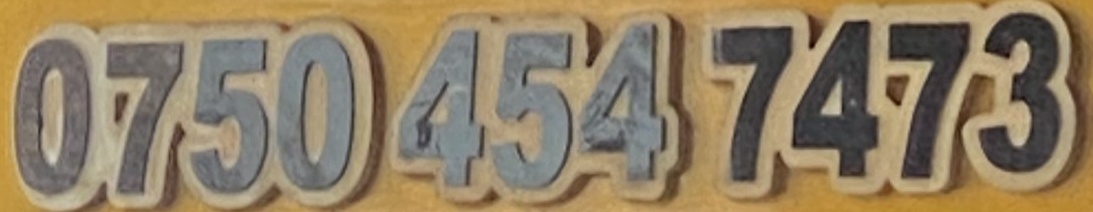
0750 454 7473